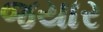
જયાર